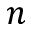
n